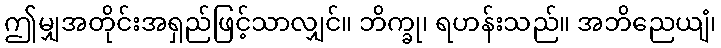
ဤမျှအတိုင်းအရှည်ဖြင့်သာလျှင်။ ဘိက္ခု၊ ရဟန်းသည်။ အဘိညေယျံ၊